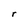
Character: r